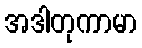
အဒါတုကာမာ